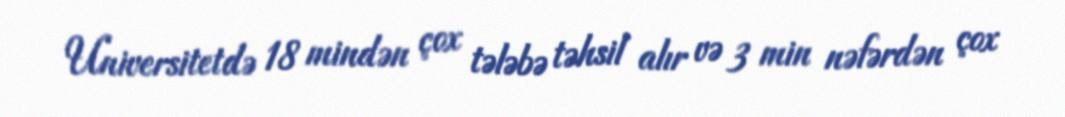
Universitetdə 18 mindən çox tələbə təhsil alır və 3 min nəfərdən çox